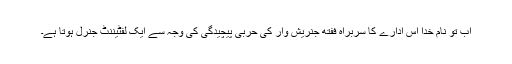
اب تو نام خدا اس ادارے کا سربراہ ففتھ جنریش وار کی حربی پیچیدگی کی وجہ سے ایک لفٹیننٹ جنرل ہوتا ہے۔